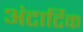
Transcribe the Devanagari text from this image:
अंटार्टिक